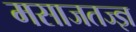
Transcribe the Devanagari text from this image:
मसाजतज्ज्ञ